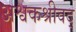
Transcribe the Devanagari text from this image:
अश्वकश्रीवद्‌